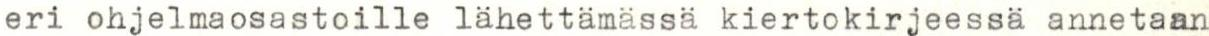
eri ohjelmaosastoille lähettämässä kiertokirjeessä annetaan